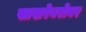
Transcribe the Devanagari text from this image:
साखरेबरोबर